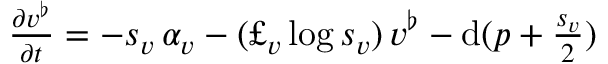
\begin{array} { r } { \frac { \partial v ^ { \flat } } { \partial t } = - s _ { v } \, \alpha _ { v } - ( \pounds _ { v } \log s _ { v } ) \, v ^ { \flat } - \mathrm { d } ( p + \frac { s _ { v } } { 2 } ) } \end{array}